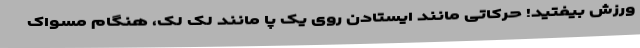
ورزش بیفتید! حرکاتی مانند ایستادن روی یک پا مانند لک لک، هنگام مسواک